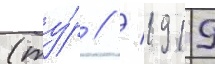
(ту́р // / 1919